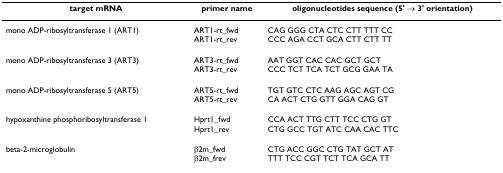
<table><thead><tr><td><b>target mRNA</b></td><td><b>primer name</b></td><td><b>oligonucleotides sequence (5' → 3' orientation)</b></td></tr></thead><tbody><tr><td>mono ADP-ribosyltransferase 1 (ART1)</td><td>ART1-rt_fwdART1-rt_rev</td><td>CAG GGG CTA CTC CTT TTT CCCCC AGA CCT GCA CTT CTT TT</td></tr><tr><td>mono ADP-ribosyltransferase 3 (ART3)</td><td>ART3-rt_fwdART3-rt_rev</td><td>AAT GGT CAC CAC GCT GCTCCC TCT TCA TCT GCG GAA TA</td></tr><tr><td>mono ADP-ribosyltransferase 5 (ART5)</td><td>ART5-rt_fwdART5-rt_rev</td><td>TGT GTC CTC AAG AGC AGT CGCA ACT CTG GTT GGA CAG GT</td></tr><tr><td>hypoxanthine phosphoribosyltransferase 1</td><td>Hprt1_fwdHprt1_rev</td><td>CCA ACT TTG CTT TCC CTG GTCTG GCC TGT ATC CAA CAC TTC</td></tr><tr><td>beta-2-microglobulin</td><td>β2m_fwdβ2m_frev</td><td>CTG ACC GGC CTG TAT GCT ATTTT TCC CGT TCT TCA GCA TT</td></tr></tbody></table>